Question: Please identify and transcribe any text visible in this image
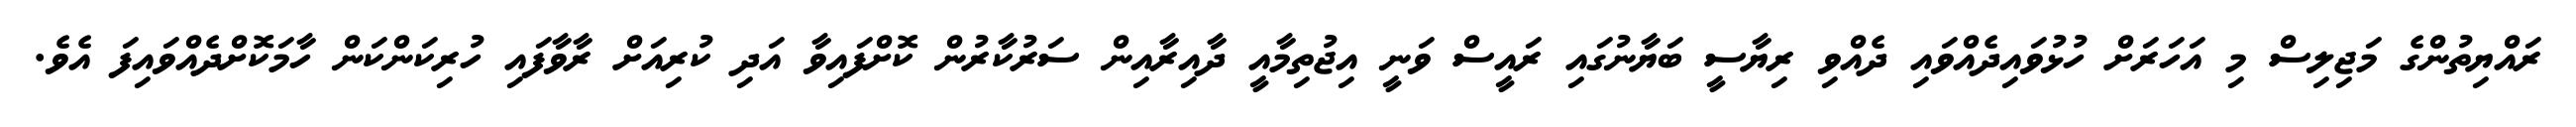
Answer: ރައްޔިތުންގެ މަޖިލިސް މި އަހަރަށް ހުޅުވައިދެއްވައި ދެއްވި ރިޔާސީ ބަޔާނުގައި ރައީސް ވަނީ އިޖުތިމާއީ ދާއިރާއިން ސަރުކާރުން ކޮށްފައިވާ އަދި ކުރިއަށް ރާވާފައި ހުރިކަންކަން ހާމަކޮށްދެއްވައިފަ އެވެ.